Indian Civil Veterinary Department memoirs
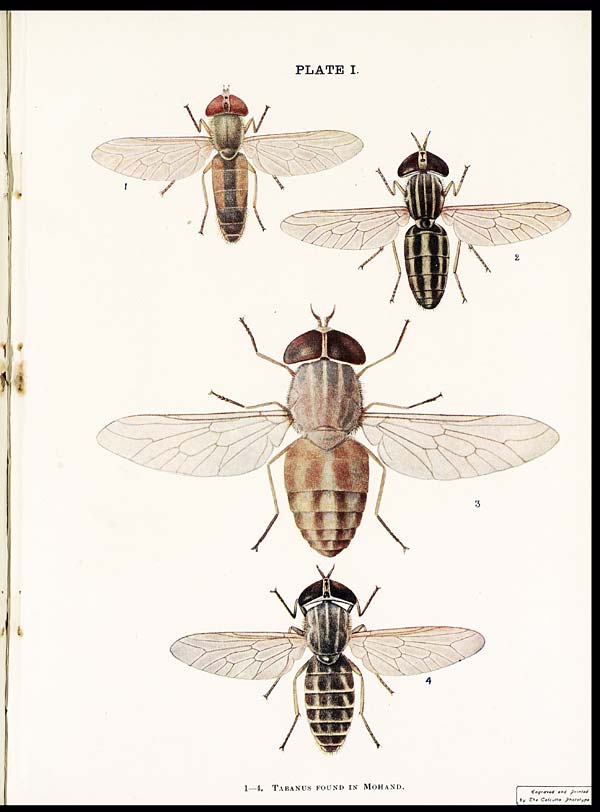
PLATE I.
1—4. TABANUS POUND IN MOHAND.